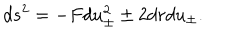
d s ^ { 2 } = - F d u _ { \pm } ^ { 2 } \pm 2 d r d u _ { \pm } .